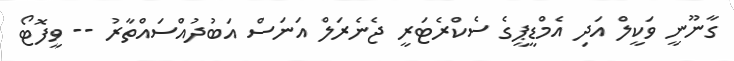
ގާނޫނީ ވަކީލް އަދި އެމްޑީޕީގެ ސެކްރެޓަރީ ޖެނެރަލް އަނަސް އަބުދުއްސައްތާރު -- ވީފޮޓޯ